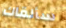
سألقاك